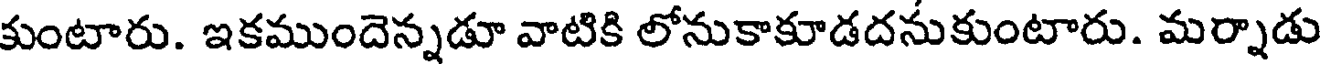
కుంటారు. ఇకముందెన్నడూ వాటికి లోనుకాకూడదనుకుంటారు. మర్నాడు